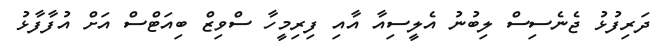
ދަރިފުޅު ޖެނެސިސް ލިބުނު އެލީސިއާ އާއި ފިރިމީހާ ސްވިޒް ބިއަޓްސް އަށް އުފާފާޅު